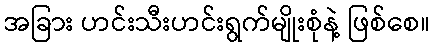
အခြား ဟင်းသီးဟင်းရွက်မျိုးစုံနဲ့ ဖြစ်စေ။